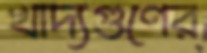
খাদ্যগুণের